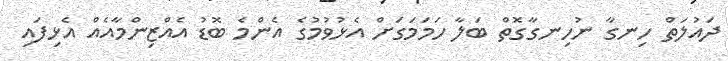
ދައުލަތް ހިނގާ ނުހިނގާގޮތް ބަލާ ހަމަމަގަށް އެޅުވުމުގެ އެންމެ ބޮޑު އެއްޒިންމާއެއް އެޅިފައި